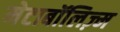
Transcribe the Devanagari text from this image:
मेटाबॉलिज़्म